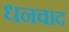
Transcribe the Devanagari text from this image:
धनवाद